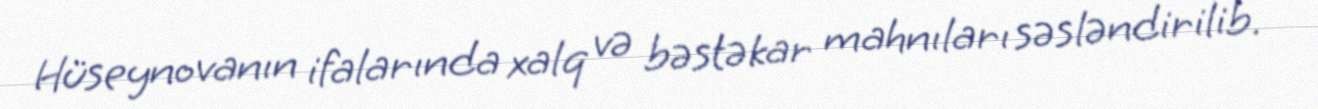
Hüseynovanın ifalarında xalq və bəstəkar mahnıları səsləndirilib.